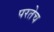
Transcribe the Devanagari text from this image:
परतेच